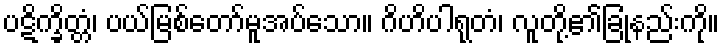
ပဋိက္ခိတ္တံ၊ ပယ်မြစ်တော်မူအပ်သော။ ဂိဟိပါရုတံ၊ လူတို့၏ခြုံနည်းကို။